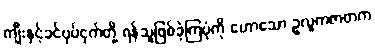
ကျီးနှင့်ခင်ပုပ်ငှက်တို့ ရန်သူဖြစ်ခဲ့ကြပုံကို ဟောသော ဥလူကဇာတက